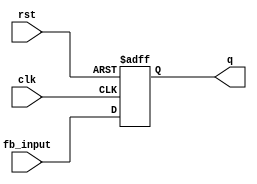
module FeedbackRegister #(
    parameter WIDTH = 4  // Define the width of the register
) (
    input wire clk,            // Clock signal
    input wire rst,            // Asynchronous reset signal
    input wire [WIDTH-1:0] fb_input, // Feedback input
    output reg [WIDTH-1:0] q   // Current state output
);

    // Always block to describe the sequential logic behavior
    always @(posedge clk or posedge rst) begin
        if (rst) begin
            q <= {WIDTH{1'b0}};  // Reset the register to 0
        end else begin
            q <= fb_input;       // Update the register with feedback input
        end
    end

endmodule